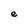
Character: e